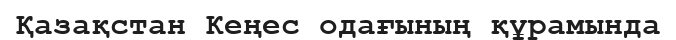
Қазақстан Кеңес одағының құрамында